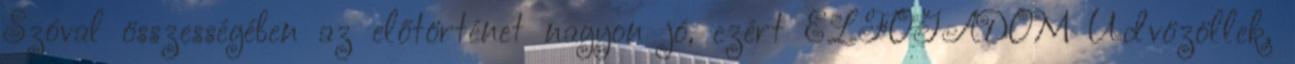
Szóval összességében az előtörténet nagyon jó, ezért ELFOGADOM Üdvözöllek,